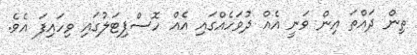
ތިން ދައްތަ އިން ވަނީ އެއް ދުވަހެއްގައި އެއް ހޮސްޕިޓަލުގައި ވިހައިފަ އެވެ.